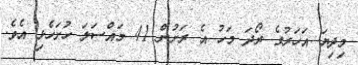
މިދިޔަ އަހަރުގެ ރޯދަ މަހު އެ ރަށުން 41 މައްސަލަ ހުށަހެޅި އެވެ.